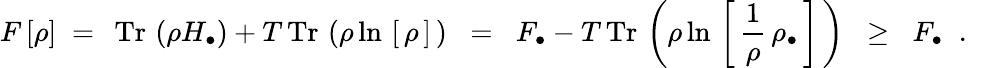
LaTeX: F\left[\rho\right]\; =\; \, \mathrm{Tr}\, \left(\rho H_{\bullet}\right)+T\, \mathrm{Tr}\, \left(\rho\ln\, \left[\, \rho\, \right]\, \right)\; \; =\; \; F_{\bullet}-T\, \mathrm{Tr}\, \left(\rho\ln\, \left[\, {\frac{1}{\rho}}\, \rho_{\bullet}\, \right]\, \right)\; \; \ge\; \; F_{\bullet}\; \; .\; \;